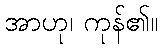
အာဟု၊ ကုန်၏။